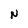
Character: N